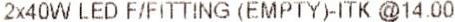
2X40W LED F/FITTING (EMPTY)-ITK @14.00